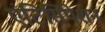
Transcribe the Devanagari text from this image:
एंटिसिपेशन